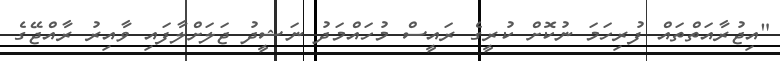
"އިޖުރާއަތްތައް ފުރިހަމަ ނުކޮށް ކުރީގެ ރައީސް މުހައްމަދު ނަޝީދު ޖަލަށްލާފައި ވާއިރު ރާއްޖޭގެ